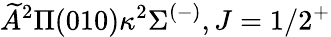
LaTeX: \widetilde{A}^{2}\Pi(010)\kappa{}^{2}\Sigma^{(-)},J=1/2^{+}